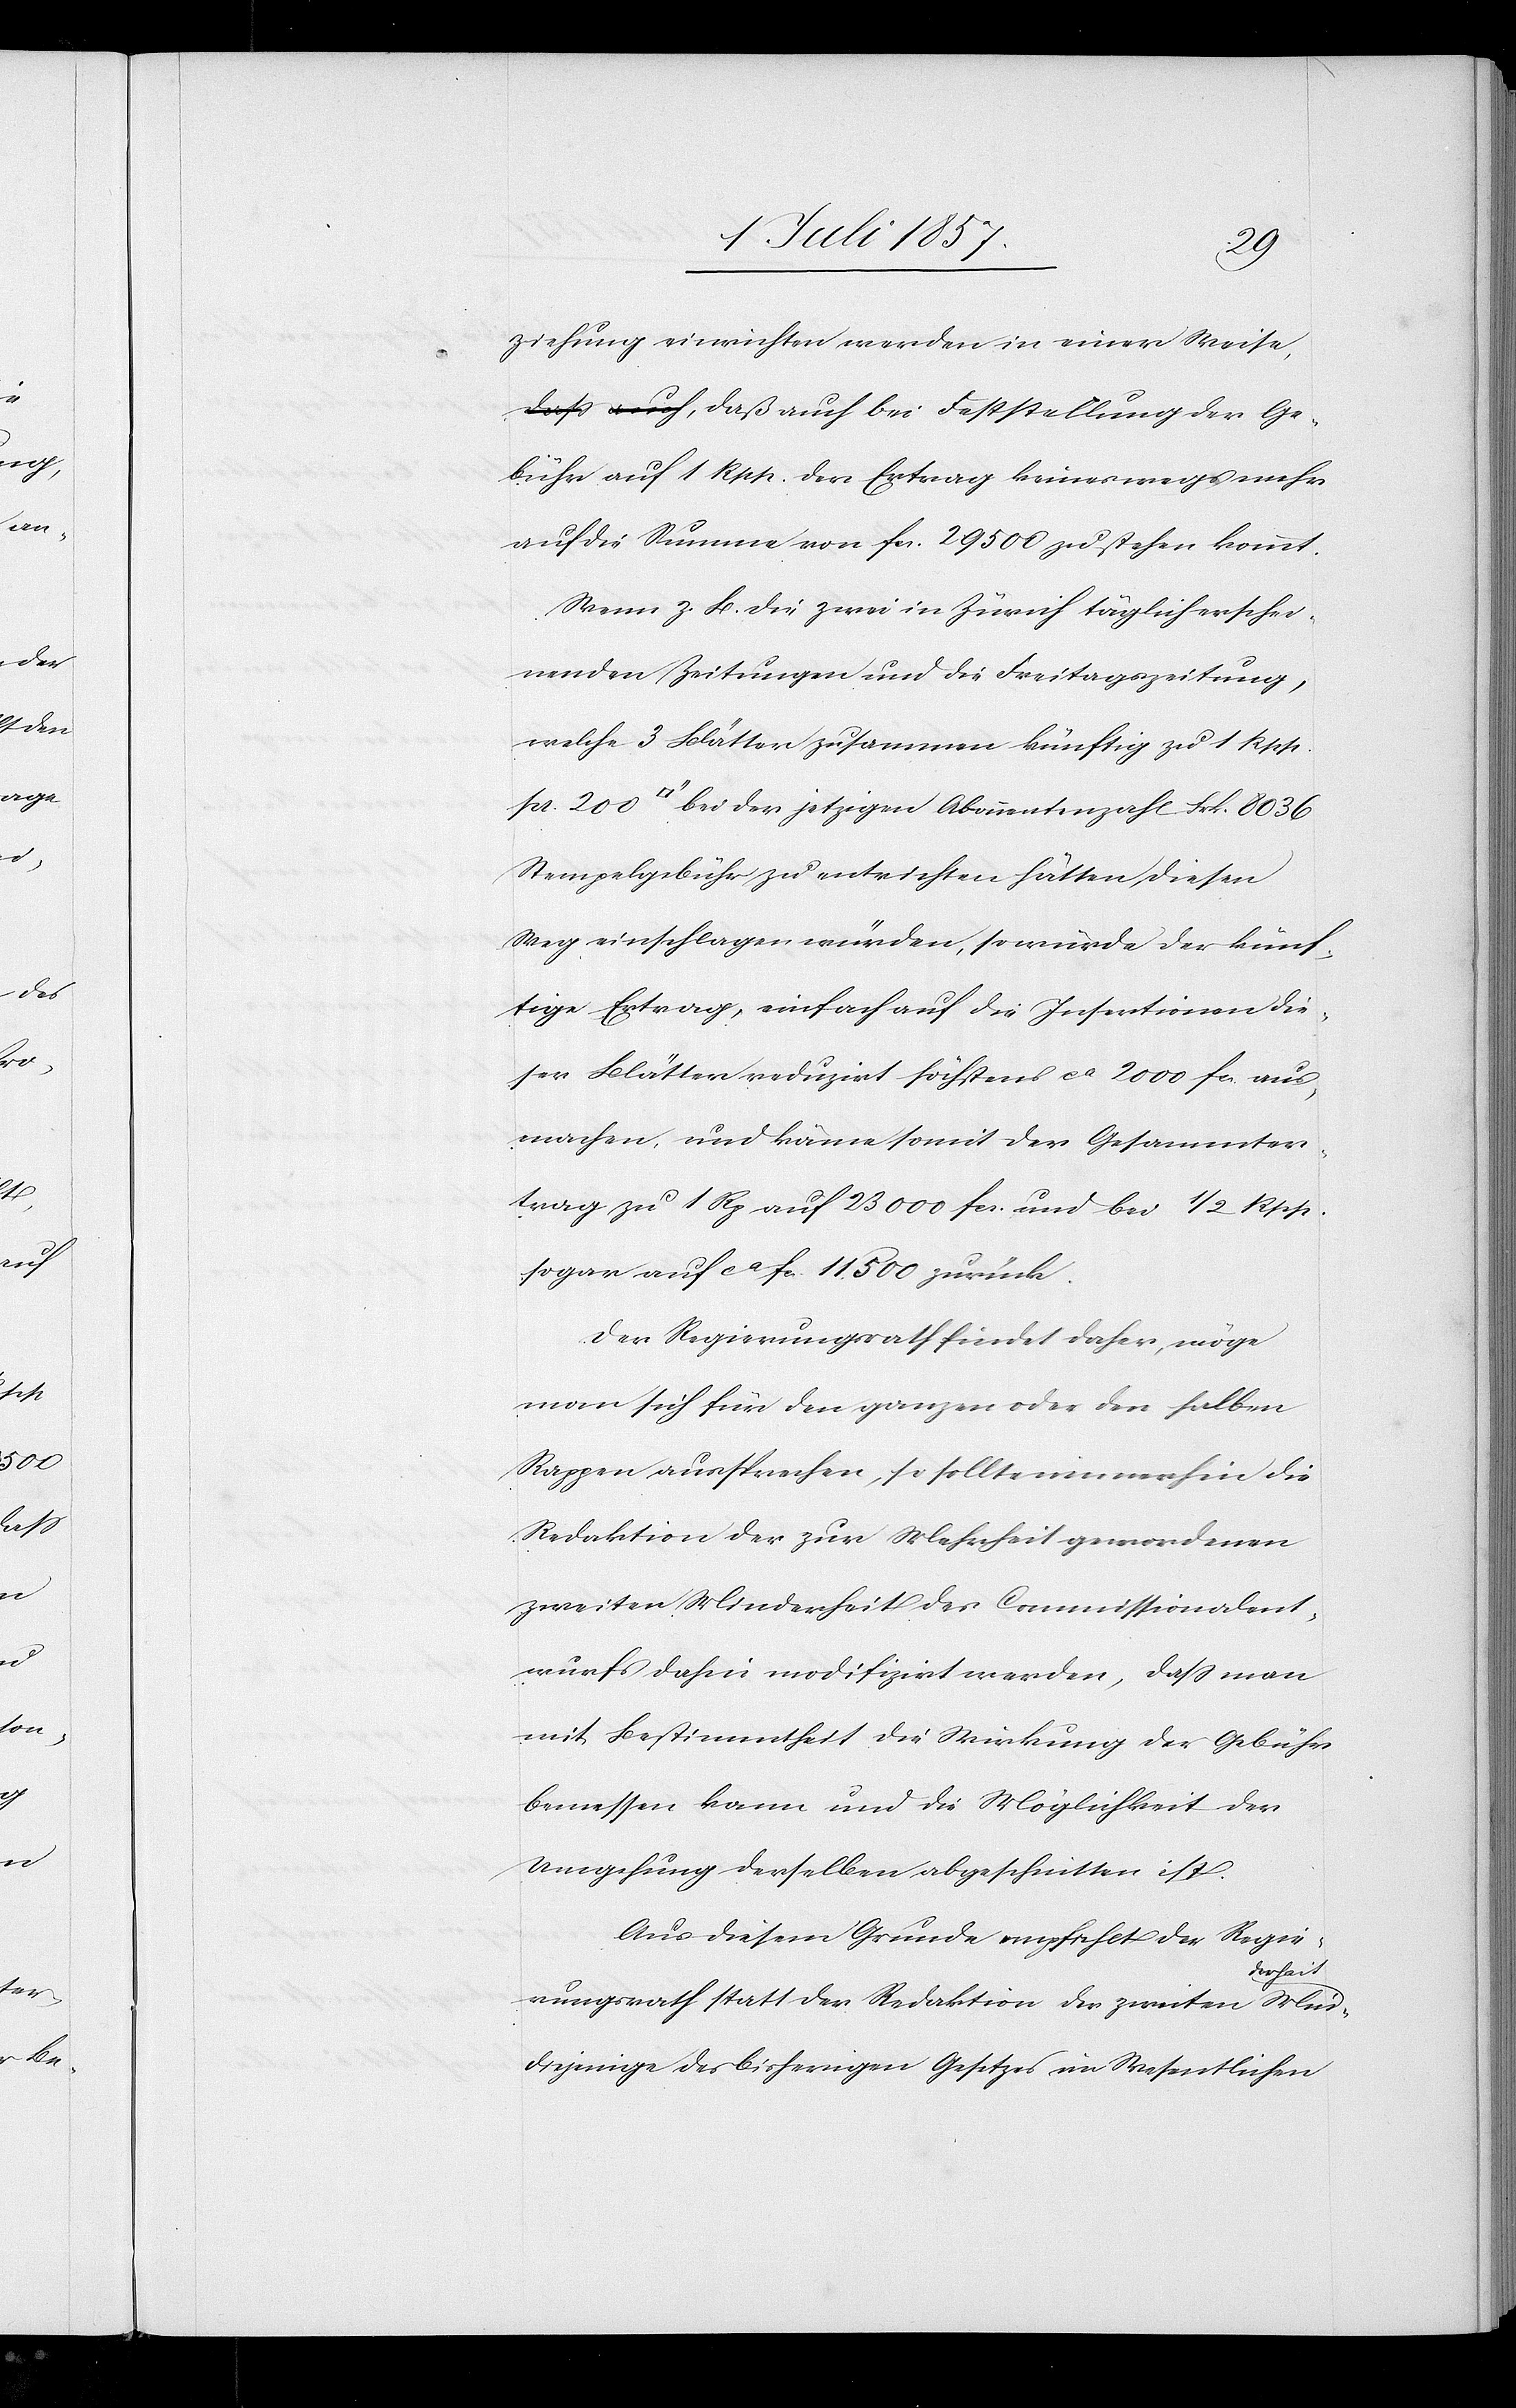
ziehung einrichten werden in einer Weise,
bühr auf 1 Rpp. der Ertrag keineswegs mehr
auf die Summe von fr. 29 500 zu stehen kommt.
Wenn z. B. die zwei in Zürich täglich erschei¬
nenden Zeitungen und die Freitagszeitung,
welche 3 Blätter zusammen künftig zu 1 Rpp.
[Quadratzoll] bei der jetzigen Abonnentenzahl Frk. 8 036
Stempelgebühr zu entrichten hätten, diesen
Weg einschlagen würden, so würde der künf¬
tige Ertrag, einfach auf die Insertionen die¬
ser Blätter reduzirt höchstens ca 2 000 fcs. aus¬
machen, und käme somit der Gesammter¬
trag zu 1 Rp. auf 23 000 fcs. und bei 1/2 Rpp.
sogar auf ca fcs. 11 500 zurück.
Der Regierungsrath findet daher, möge
man sich für den ganzen oder den halben
Rappen aussprechen, so sollte immerhin die
Redaktion der zur Mehrheit gewordenen
zweiten Minderheit des Commissionalent¬
wurfes dahin modifizirt werden, daß man
mit Bestimmtheit die Wirkung der Gebühr
bemessen kann und die Möglichkeit der
Umgehung derselben abgeschnitten ist.
Aus diesem Grunde empfiehlt der Regie¬
derheit
rungsrath statt der Redaktion der zweiten Min¬
diejenige des bisherigen Gesetzes im Wesentlichen